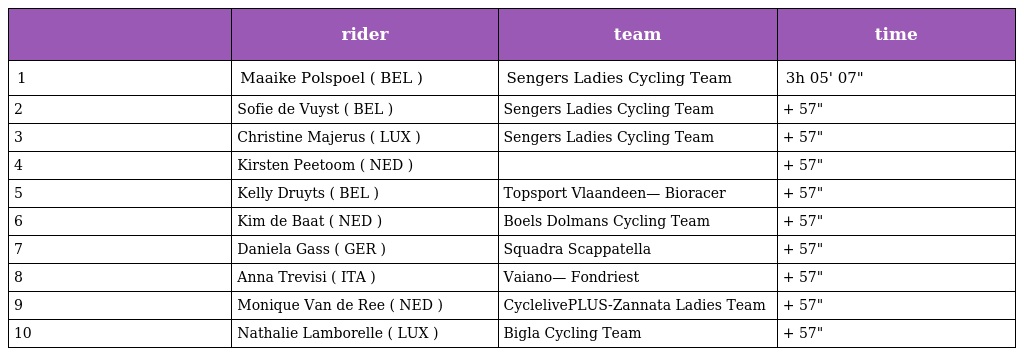
|  | rider | team | time |
 | --- | --- | --- | --- |
 | 1 | Maaike Polspoel ( BEL ) | Sengers Ladies Cycling Team | 3h 05' 07" |
 | 2 | Sofie de Vuyst ( BEL ) | Sengers Ladies Cycling Team | + 57" |
 | 3 | Christine Majerus ( LUX ) | Sengers Ladies Cycling Team | + 57" |
 | 4 | Kirsten Peetoom ( NED ) |  | + 57" |
 | 5 | Kelly Druyts ( BEL ) | Topsport Vlaandeen— Bioracer | + 57" |
 | 6 | Kim de Baat ( NED ) | Boels Dolmans Cycling Team | + 57" |
 | 7 | Daniela Gass ( GER ) | Squadra Scappatella | + 57" |
 | 8 | Anna Trevisi ( ITA ) | Vaiano— Fondriest | + 57" |
 | 9 | Monique Van de Ree ( NED ) | CyclelivePLUS-Zannata Ladies Team | + 57" |
 | 10 | Nathalie Lamborelle ( LUX ) | Bigla Cycling Team | + 57" |